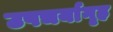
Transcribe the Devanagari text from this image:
उपचर्यागृह